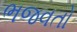
ભજવતો